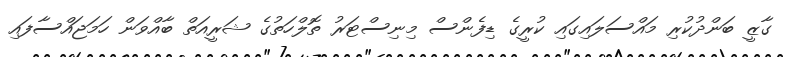
ގާޒީ ބަންދުކުރި މައްސަލައިގައި ކުރީގެ ޑިފެންސް މިނިސްޓަރު ތޮލްހަތުގެ ޝަރީއަތް ބާއްވަން ހަމަޖައްސާފައި